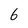
Character: 6